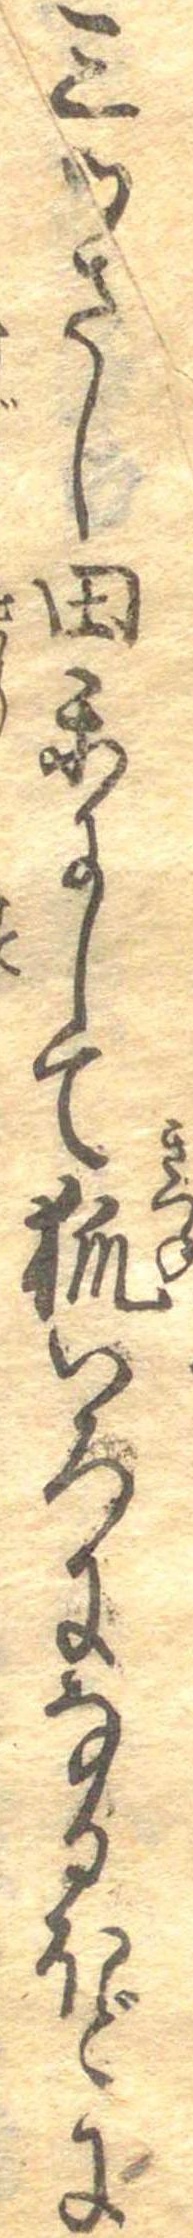
三つさし田楽にして狐いろになるほどに